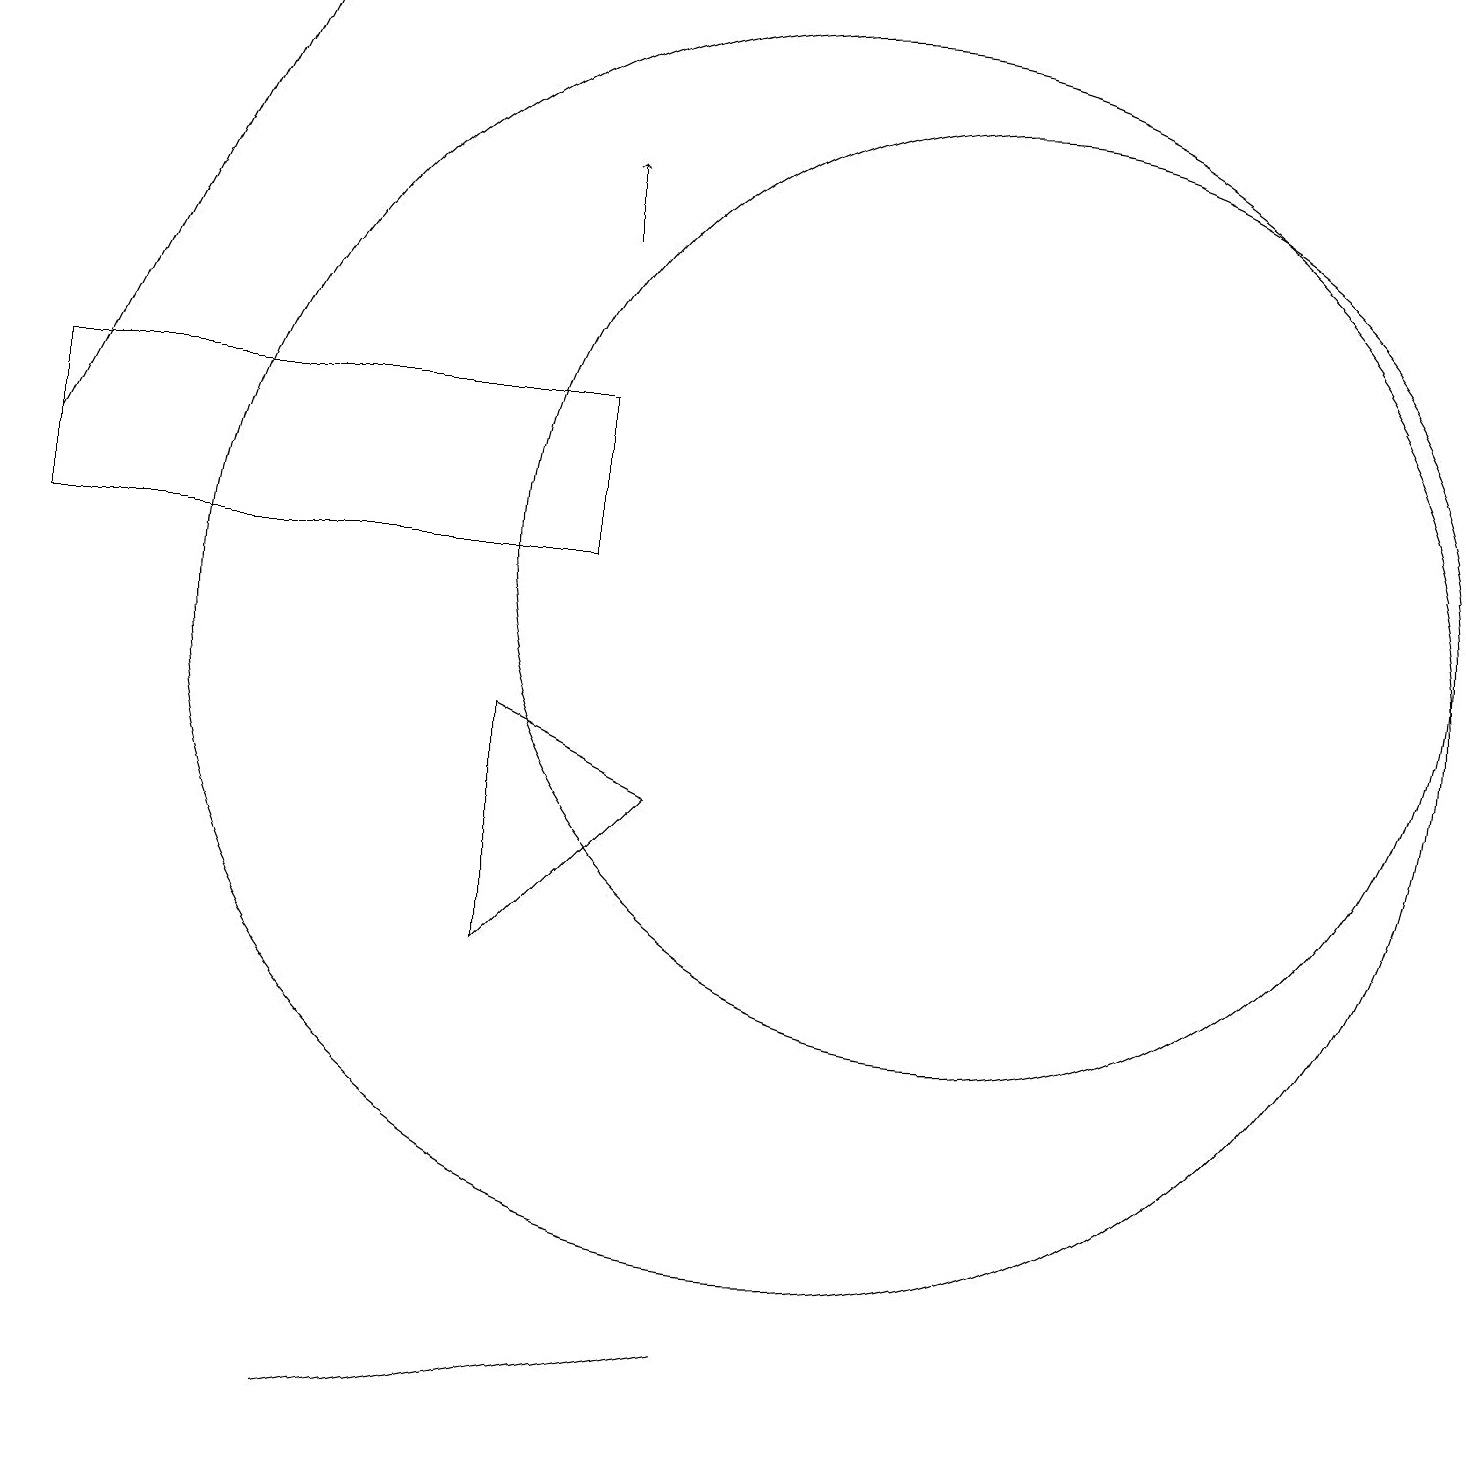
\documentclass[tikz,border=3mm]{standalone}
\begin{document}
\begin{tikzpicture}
\draw (0,13) rectangle (7,11);
\draw (12,11) circle (6);
\draw (8,8) -- (6,9) -- (6,6) -- cycle;
\draw (10,10) circle (8);
\draw[->] (7,15) -- (7,16);
\draw (4,0) -- (9,1) -- (9,1) -- cycle;
\draw[->] (0,12) -- (3,18);
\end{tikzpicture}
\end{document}